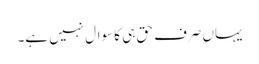
یہاں صرف حق ہی کا سوال نہیں ہے۔